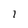
Character: I